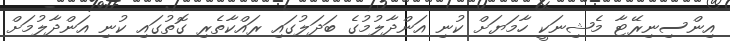
އިންސިނިރޭޓާ މެޝިނަކީ ހާމަޔަށް ކުނި އަންދާލުމުގެ ބަދަލުގައި ރައްކާތެރި ގޮތުގައި ކުނި އަންދާލުމަށް